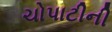
ચોપાટીની